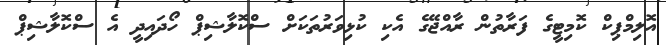
އޮލިމްޕިކް ކޮމިޓީގެ ފަރާތުން ރާއްޖޭގެ އެކި ކުޅިވަރުތަކަށް ސްކޮލާޝިޕް ހޯދައިދީ އެ ސްކޮލާޝިޕް